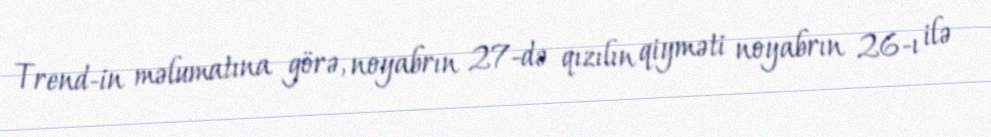
Trend-in məlumatına görə, noyabrın 27-də qızılın qiyməti noyabrın 26-ı ilə